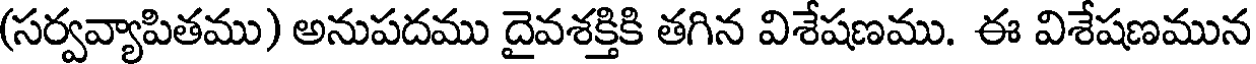
(సర్వవ్యాపితము) అనుపదము దైవశక్తికి తగిన విశేషణము. ఈ విశేషణమున